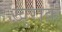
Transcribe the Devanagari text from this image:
ख़ुराक़